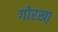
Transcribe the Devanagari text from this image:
गोरखा़